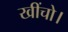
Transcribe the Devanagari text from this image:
खींचो।